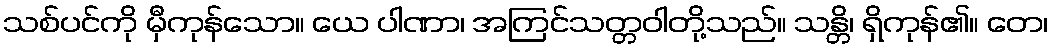
သစ်ပင်ကို မှီကုန်သော။ ယေ ပါဏာ၊ အကြင်သတ္တဝါတို့သည်။ သန္တိ၊ ရှိကုန်၏။ တေ၊